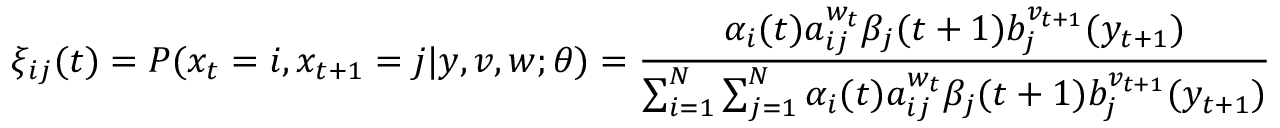
\xi _ { i j } ( t ) = P ( x _ { t } = i , x _ { t + 1 } = j | y , v , w ; \theta ) = { \frac { \alpha _ { i } ( t ) a _ { i j } ^ { w _ { t } } \beta _ { j } ( t + 1 ) b _ { j } ^ { v _ { t + 1 } } ( y _ { t + 1 } ) } { \sum _ { i = 1 } ^ { N } \sum _ { j = 1 } ^ { N } \alpha _ { i } ( t ) a _ { i j } ^ { w _ { t } } \beta _ { j } ( t + 1 ) b _ { j } ^ { v _ { t + 1 } } ( y _ { t + 1 } ) } }